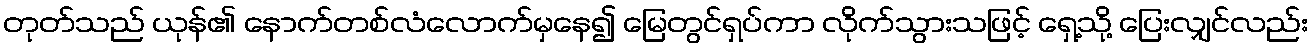
တုတ်သည် ယုန်၏ နောက်တစ်လံလောက်မှနေ၍ မြေတွင်ရှပ်ကာ လိုက်သွားသဖြင့် ရှေ့သို့ ပြေးလျှင်လည်း